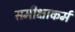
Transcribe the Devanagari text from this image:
समीक्षाकर्म